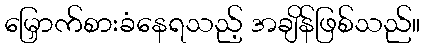
မြှောက်စားခံနေရသည့် အချိန်ဖြစ်သည်။